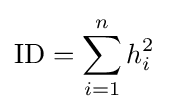
{\text{ID}}=\sum _{i=1}^{n}h_{i}^{2}